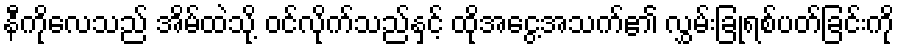
နီကိုလေသည် အိမ်ထဲသို့ ဝင်လိုက်သည်နှင့် ထိုအငွေ့အသက်၏ လွှမ်းခြုံရစ်ပတ်ခြင်းကို